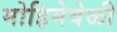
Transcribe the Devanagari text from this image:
मोहिमेवेळी